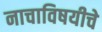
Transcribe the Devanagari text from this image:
नाचाविषयीचे